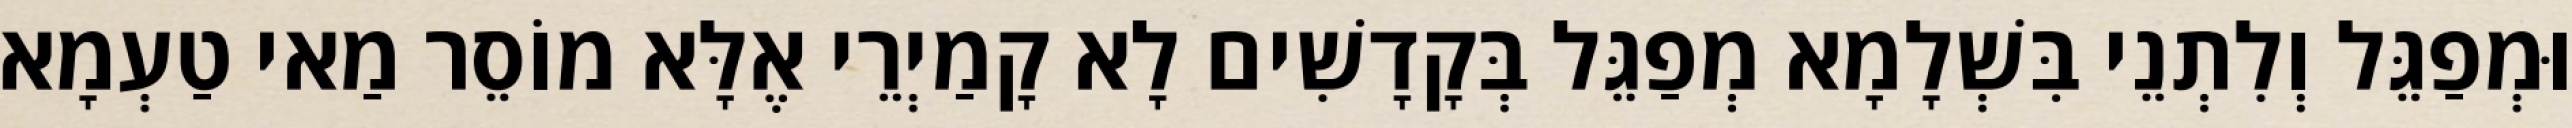
וּמְפַגֵּל וְלִתְנֵי בִּשְׁלָמָא מְפַגֵּל בְּקָדָשִׁים לָא קָמַיְרֵי אֶלָּא מוֹסֵר מַאי טַעְמָא